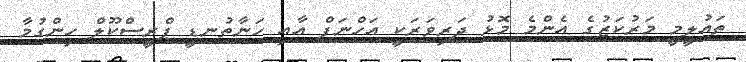
ތައުލީމީ މަރުކަޒުގެ އެންމެ މޮޅު ދަރިވަރަކީ އަހްނަފް އާއި ހަނާތުނޑީ ޕްރީސްކޫލް ހިންގުމާ